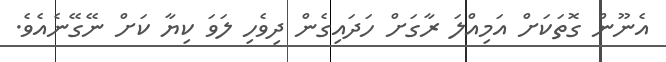
އެނޫން ގޮތަކަށް އަމިއްލަ ރާގަށް ހަދައިގެން ދިވެހި ލަވަ ކިޔާ ކަށް ނޭގޭނެއެވެ.